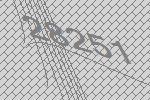
28251